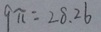
9 \pi = 2 8 . 2 6